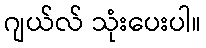
ဂျယ်လ် သုံးပေးပါ။